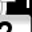
Digit: 7